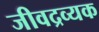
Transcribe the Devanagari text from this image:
जीवद्रव्यक